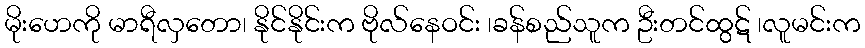
မိုးဟေကို မာရီလှတော၊ နိုင်နိုင်းက ဗိုလ်နေဝင်း ၊ခန်စည်သူက ဦးတင်ထွဋ် ၊လူမင်းက